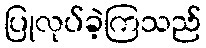
ပြုလုပ်ခဲ့ကြသည်